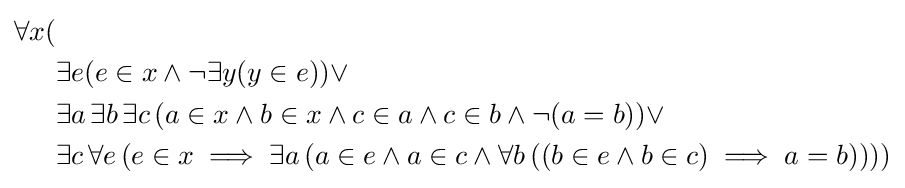
{\begin{aligned}\forall x(&\\&\exists e(e\in x\land \lnot \exists y(y\in e))\lor \\&\exists a\,\exists b\,\exists c\,(a\in x\land b\in x\land c\in a\land c\in b\land \lnot (a=b))\lor \\&\exists c\,\forall e\,(e\in x\implies \exists a\,(a\in e\land a\in c\land \forall b\,((b\in e\land b\in c)\implies a=b))))\end{aligned}}